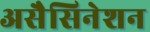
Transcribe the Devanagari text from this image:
असैसिनेशन